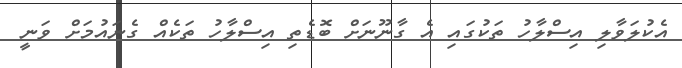
އެކުލަވާލި އިސްލާހު ތަކުގައި އެ ގާނޫނަށް ބޮޑެތި އިސްލާހު ތަކެއް ގެނައުމަށް ވަނީ